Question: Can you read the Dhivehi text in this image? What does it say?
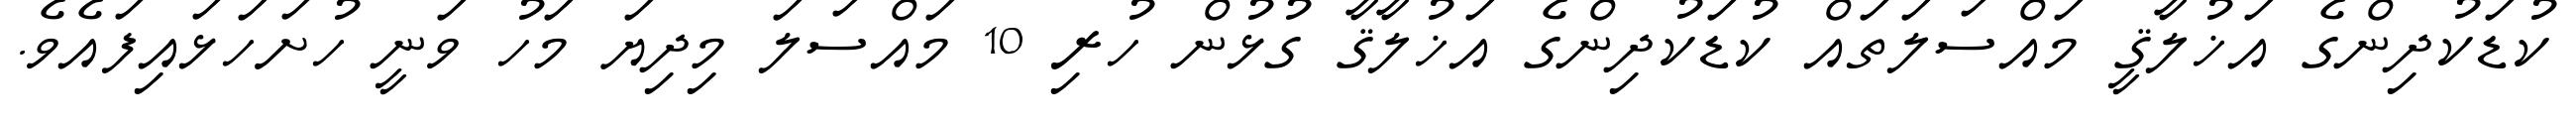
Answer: ކުޑަކުދިންގެ އަޚުލާޤީ މައްސަލަތައް ކުޑަކުދިންގެ އަޚުލާޤާ ގުޅުން ހުރި 10 މައްސަލަ މިދިޔަ މަހު ވަނީ ހުށަހަޅައިފައެވެ.